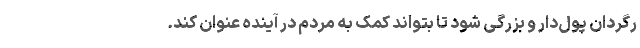
رگردان پول‌دار و بزرگی شود تا بتواند کمک به مردم در آینده عنوان ‌کند.